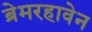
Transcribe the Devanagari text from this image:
ब्रेमरहावेन